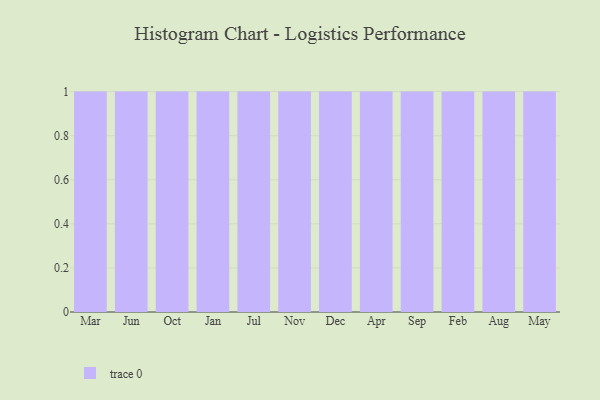
{"axis": {"x": "Month", "y": "LTV (USD)"}, "legend": [""], "data": [{"x": "Mar", "y": 13, "type": ""}, {"x": "Jun", "y": 10, "type": ""}, {"x": "Oct", "y": 17, "type": ""}, {"x": "Jan", "y": 71, "type": ""}, {"x": "Jul", "y": 17, "type": ""}, {"x": "Nov", "y": 93, "type": ""}, {"x": "Dec", "y": 53, "type": ""}, {"x": "Apr", "y": 3, "type": ""}, {"x": "Sep", "y": 100, "type": ""}, {"x": "Feb", "y": 67, "type": ""}, {"x": "Aug", "y": 8, "type": ""}, {"x": "May", "y": 96, "type": ""}]}